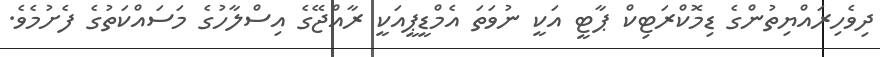
ދިވެހިރައްޔިތުންގެ ޑިމޮކްރަޓިކް ޕާޓީ އަކީ ނުވަތަ އެމްޑީޕީއަކީ ރާއްޖޭގެ އިސްލާހުގެ މަސައްކަތުގެ ފެށުމެވެ.